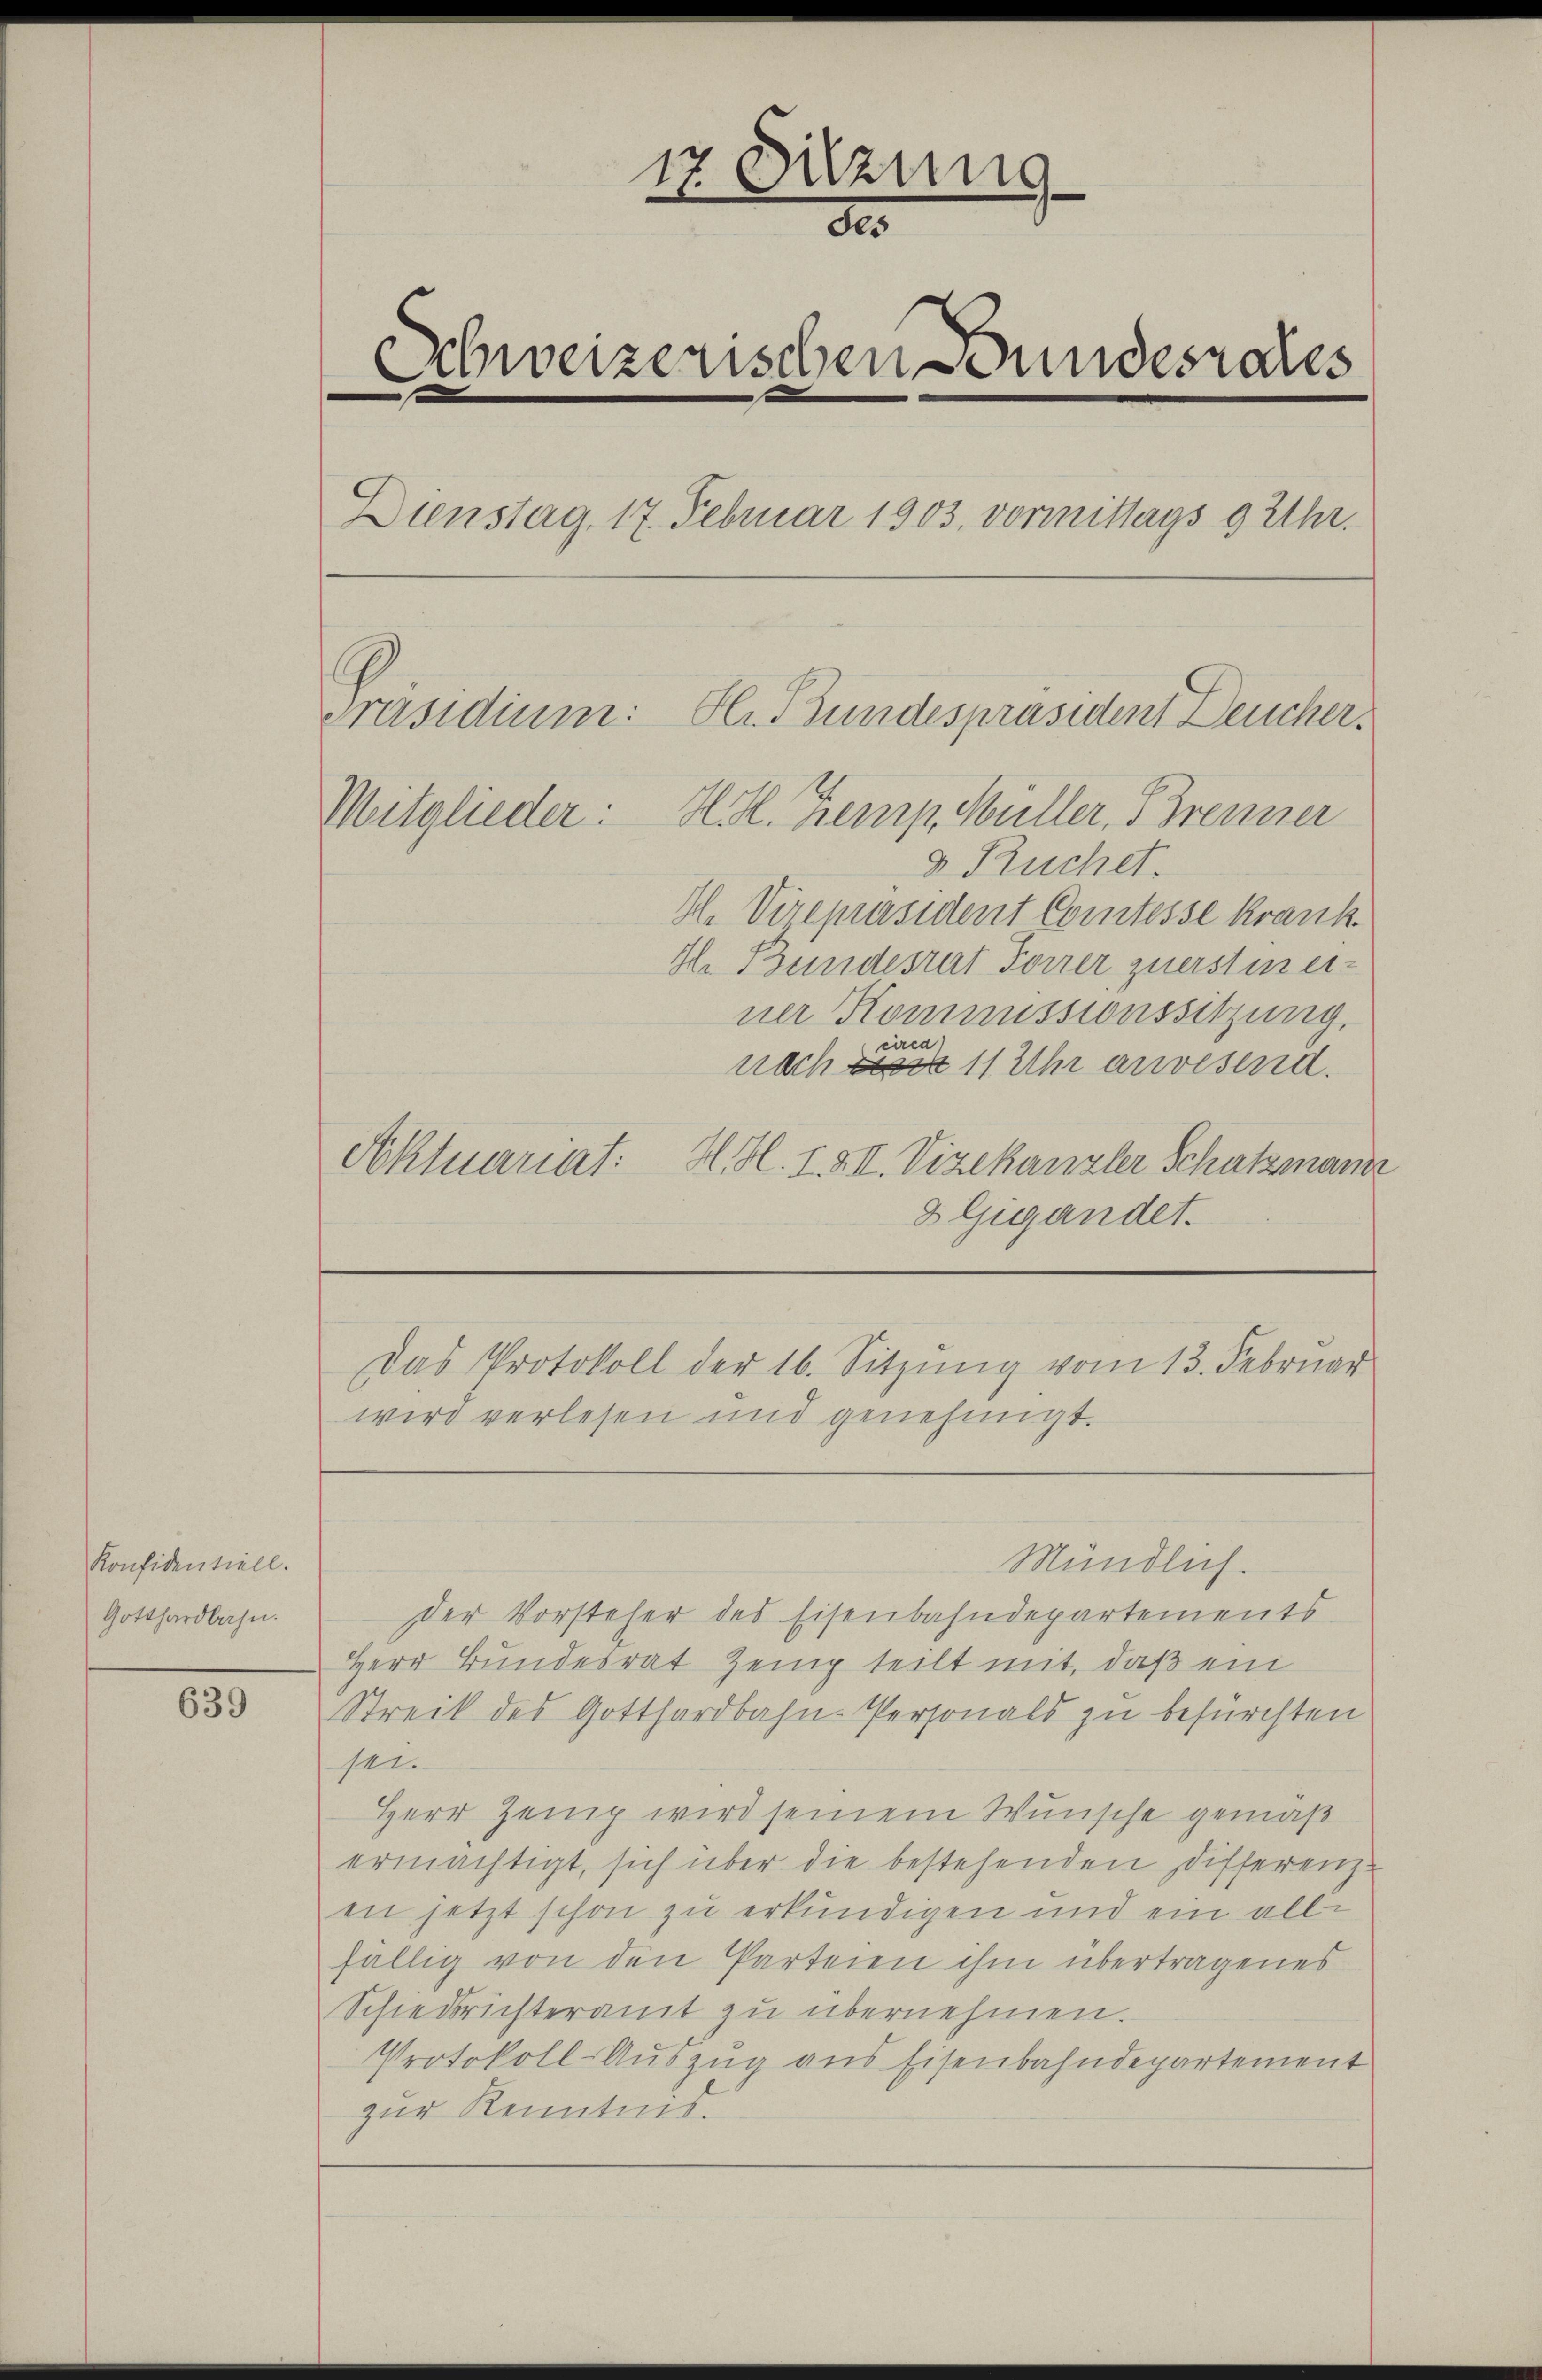
Konfidentiell.
Gotthardbahn.

639

H. Vizepräsident Comtesse krank¬
H. Gundesrat Forrer zuerstin einer Kommissionssitzung.
circa
nach   11 Uhr anwesend.
Aktuariat: H. H. I. XII. Vizekanzler Schatzmann
8 Gigandet.
Das Protokoll der 16. Sitzung vom 13. Februar
wird verlesen und genehmigt.

17 Sitzung
de
Schweizerischen Bundesrates
Dienstag, 17. Februar 1903 vormittags 9 Uhr.
Präsidium: Hlr. Bundespräsident Deucher
Mitglieder: H. H. Zemp, Müller, Brenner
4 Ruchet.

Der Vorsteher des Eisenbahndepartements
Herr Bundesrat Zeig teilt mit, daß ein
Streik des Gotthardbahn-Personals zu befürchten
sei.
Herr Zeug wird seinem Wunsche gemäß
ermächtigt, sich über die bestehenden Differenzen jetzt schon zu erkundigen und ein allfällig von den Parteien ihm übertragenes
Schiedrichteramt zu übernehmen.
Protokoll-Auszug aus Eisenbahndepartement
zur Kenntnis.

Mündlich.